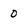
Character: 0